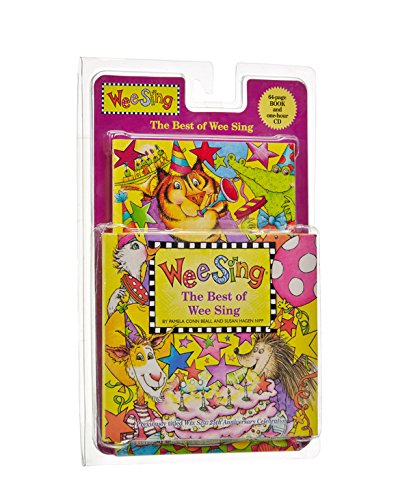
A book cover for The Best of Wee Sing; Pamela Conn Beall; Children's Books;